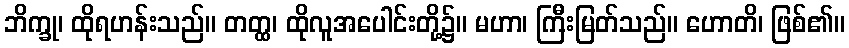
ဘိက္ခု၊ ထိုရဟန်းသည်။ တတ္ထ၊ ထိုလူအပေါင်းတို့၌။ မဟာ၊ ကြီးမြတ်သည်။ ဟောတိ၊ ဖြစ်၏။